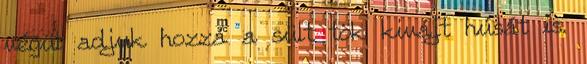
végül adjuk hozzá a sült tök kivájt húsát is.